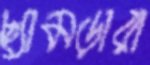
ছ্যামড়ারা